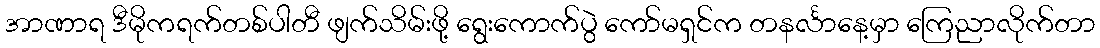
အာဏာရ ဒီမိုကရက်တစ်ပါတီ ဖျက်သိမ်းဖို့ ရွေးကောက်ပွဲ ကော်မရှင်က တနင်္လာနေ့မှာ ကြေညာလိုက်တာ